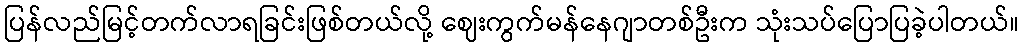
ပြန်လည်မြင့်တက်လာရခြင်းဖြစ်တယ်လို့ ဈေးကွက်မန်နေဂျာတစ်ဦးက သုံးသပ်ပြောပြခဲ့ပါတယ်။